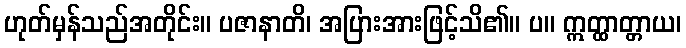
ဟုတ်မှန်သည်အတိုင်း။ ပဇာနာတိ၊ အပြားအားဖြင့်သိ၏။ ပ။ ဣတ္ထာတ္တာယ၊